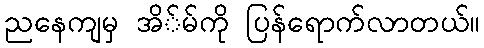
ညနေကျမှ အိ်မ်ကို ပြန်ရောက်လာတယ်။